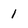
Character: 1